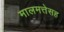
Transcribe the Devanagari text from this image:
मालमत्तेसह